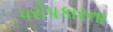
પરોપકારના